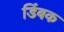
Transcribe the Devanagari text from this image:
डिंबक